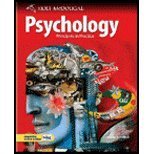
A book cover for Psychology: Principles in Practice; Spencer A. Rathus; Teen & Young Adult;